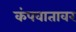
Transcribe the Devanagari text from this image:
कंपवातावर